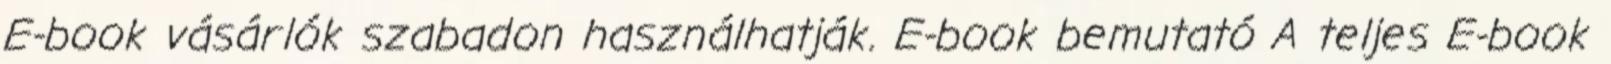
E-book vásárlók szabadon használhatják. E-book bemutató A teljes E-book